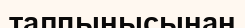
талпынысынан